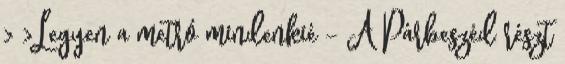
› ›Legyen a metró mindenkié - A Párbeszéd részt